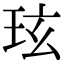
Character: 玹